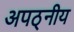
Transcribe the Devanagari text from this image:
अपठ्नीय